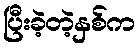
ပြီးခဲ့တဲ့နှစ်က